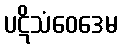
ပဋိသံဝေဒေမ